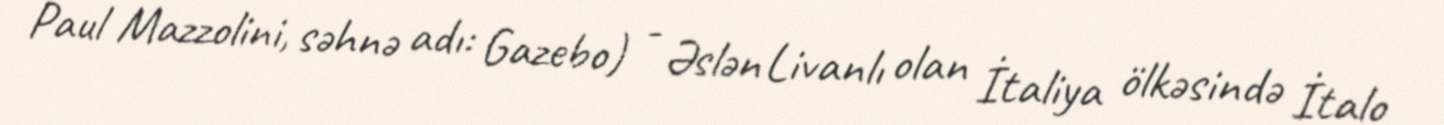
Paul Mazzolini, səhnə adı: Gazebo) - Əslən Livanlı olan İtaliya ölkəsində İtalo